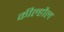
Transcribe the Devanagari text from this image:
कील्हौल